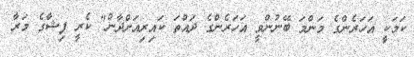
ކަމަކީ އަހަރެންގެ މަންމަ ބޭނުންވީ އަހަރެންގެ ދައްތަ ކައިރިއަށްދާން" ކެރީ ފިޝާގެ މަރާ